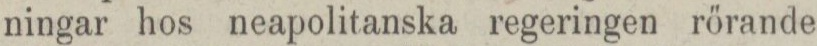
ningar hos neapolitanska regeringen rörande